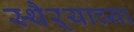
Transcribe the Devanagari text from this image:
स्थैऱ्याच्या